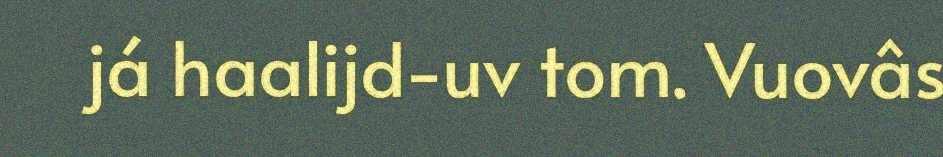
já haalijd-uv tom. Vuovâs